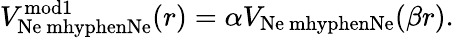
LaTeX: V_{\mathrm{Ne\ mhyphenNe}}^{\mathrm{mod1}}(r)=\alpha V_{\mathrm{Ne\ mhyphenNe}}(\beta r).